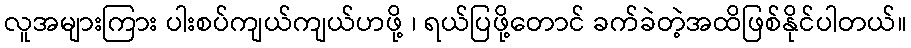
လူအများကြား ပါးစပ်ကျယ်ကျယ်ဟဖို့ ၊ ရယ်ပြဖို့တောင် ခက်ခဲတဲ့အထိဖြစ်နိုင်ပါတယ်။